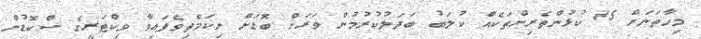
މިހާތަނަށް 15 ކުޅުންތެރިންތަކެއް ކުލަބު ބަދަލުކުރުމުން ވަރަށް ބޮޑަށް ނިކަމެތިވެފައިވާ ވިކްޓަރީގެ ސްކޮޑުން